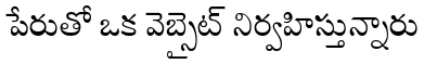
పేరుతో ఒక వెబ్సైట్ నిర్వహిస్తున్నారు